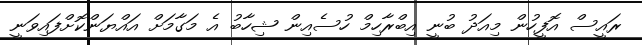
ރައީސް އޮފީހުން މިއަދު ބުނީ އިބްރާހިމް ހުސެއިން ޝިހާބު އެ މަގާމަށް އައްޔަންކޮށްފައިވަނީ